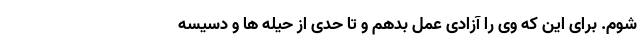
شوم. برای این که وی را آزادی عمل بدهم و تا حدی از حیله ها و دسیسه